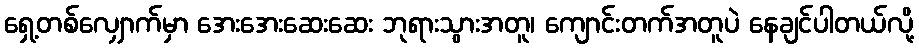
ရှေ့တစ်လျှောက်မှာ အေးအေးဆေးဆေး ဘုရားသွားအတူ၊ ကျောင်းတက်အတူပဲ နေချင်ပါတယ်လို့